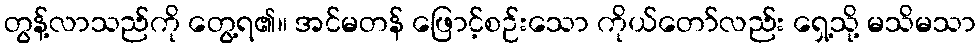
တွန့်လာသည်ကို တွေ့ရ၏။ အင်မတန် ဖြောင့်စဉ်းသော ကိုယ်တော်လည်း ရှေ့သို့ မသိမသာ